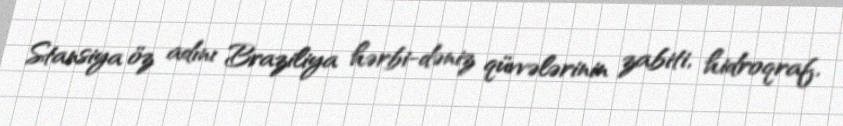
Stansiya öz adını Braziliya hərbi-dəniz qüvvələrinin zabiti, hidroqraf,